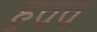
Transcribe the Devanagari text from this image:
हुतूतू